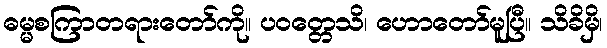
ဓမ္မစကြာတရားတော်ကို။ ပဝတ္တေသိ၊ ဟောတော်မူပြီ။ သိခိမှိ၊